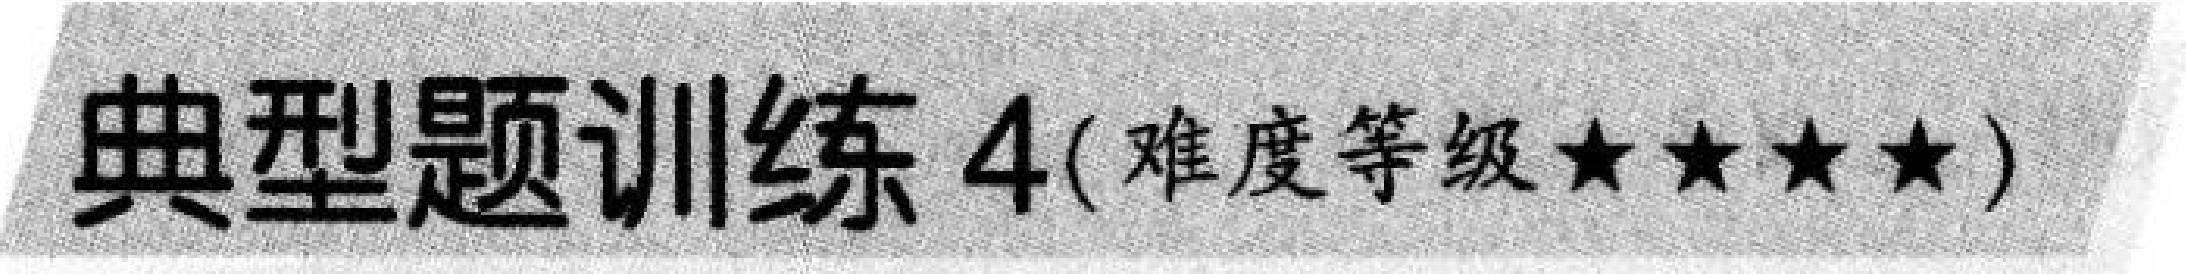
典型题训练 4(难度等级$\star\star\star\star$)